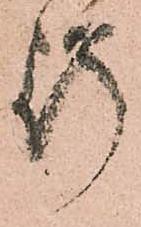
行